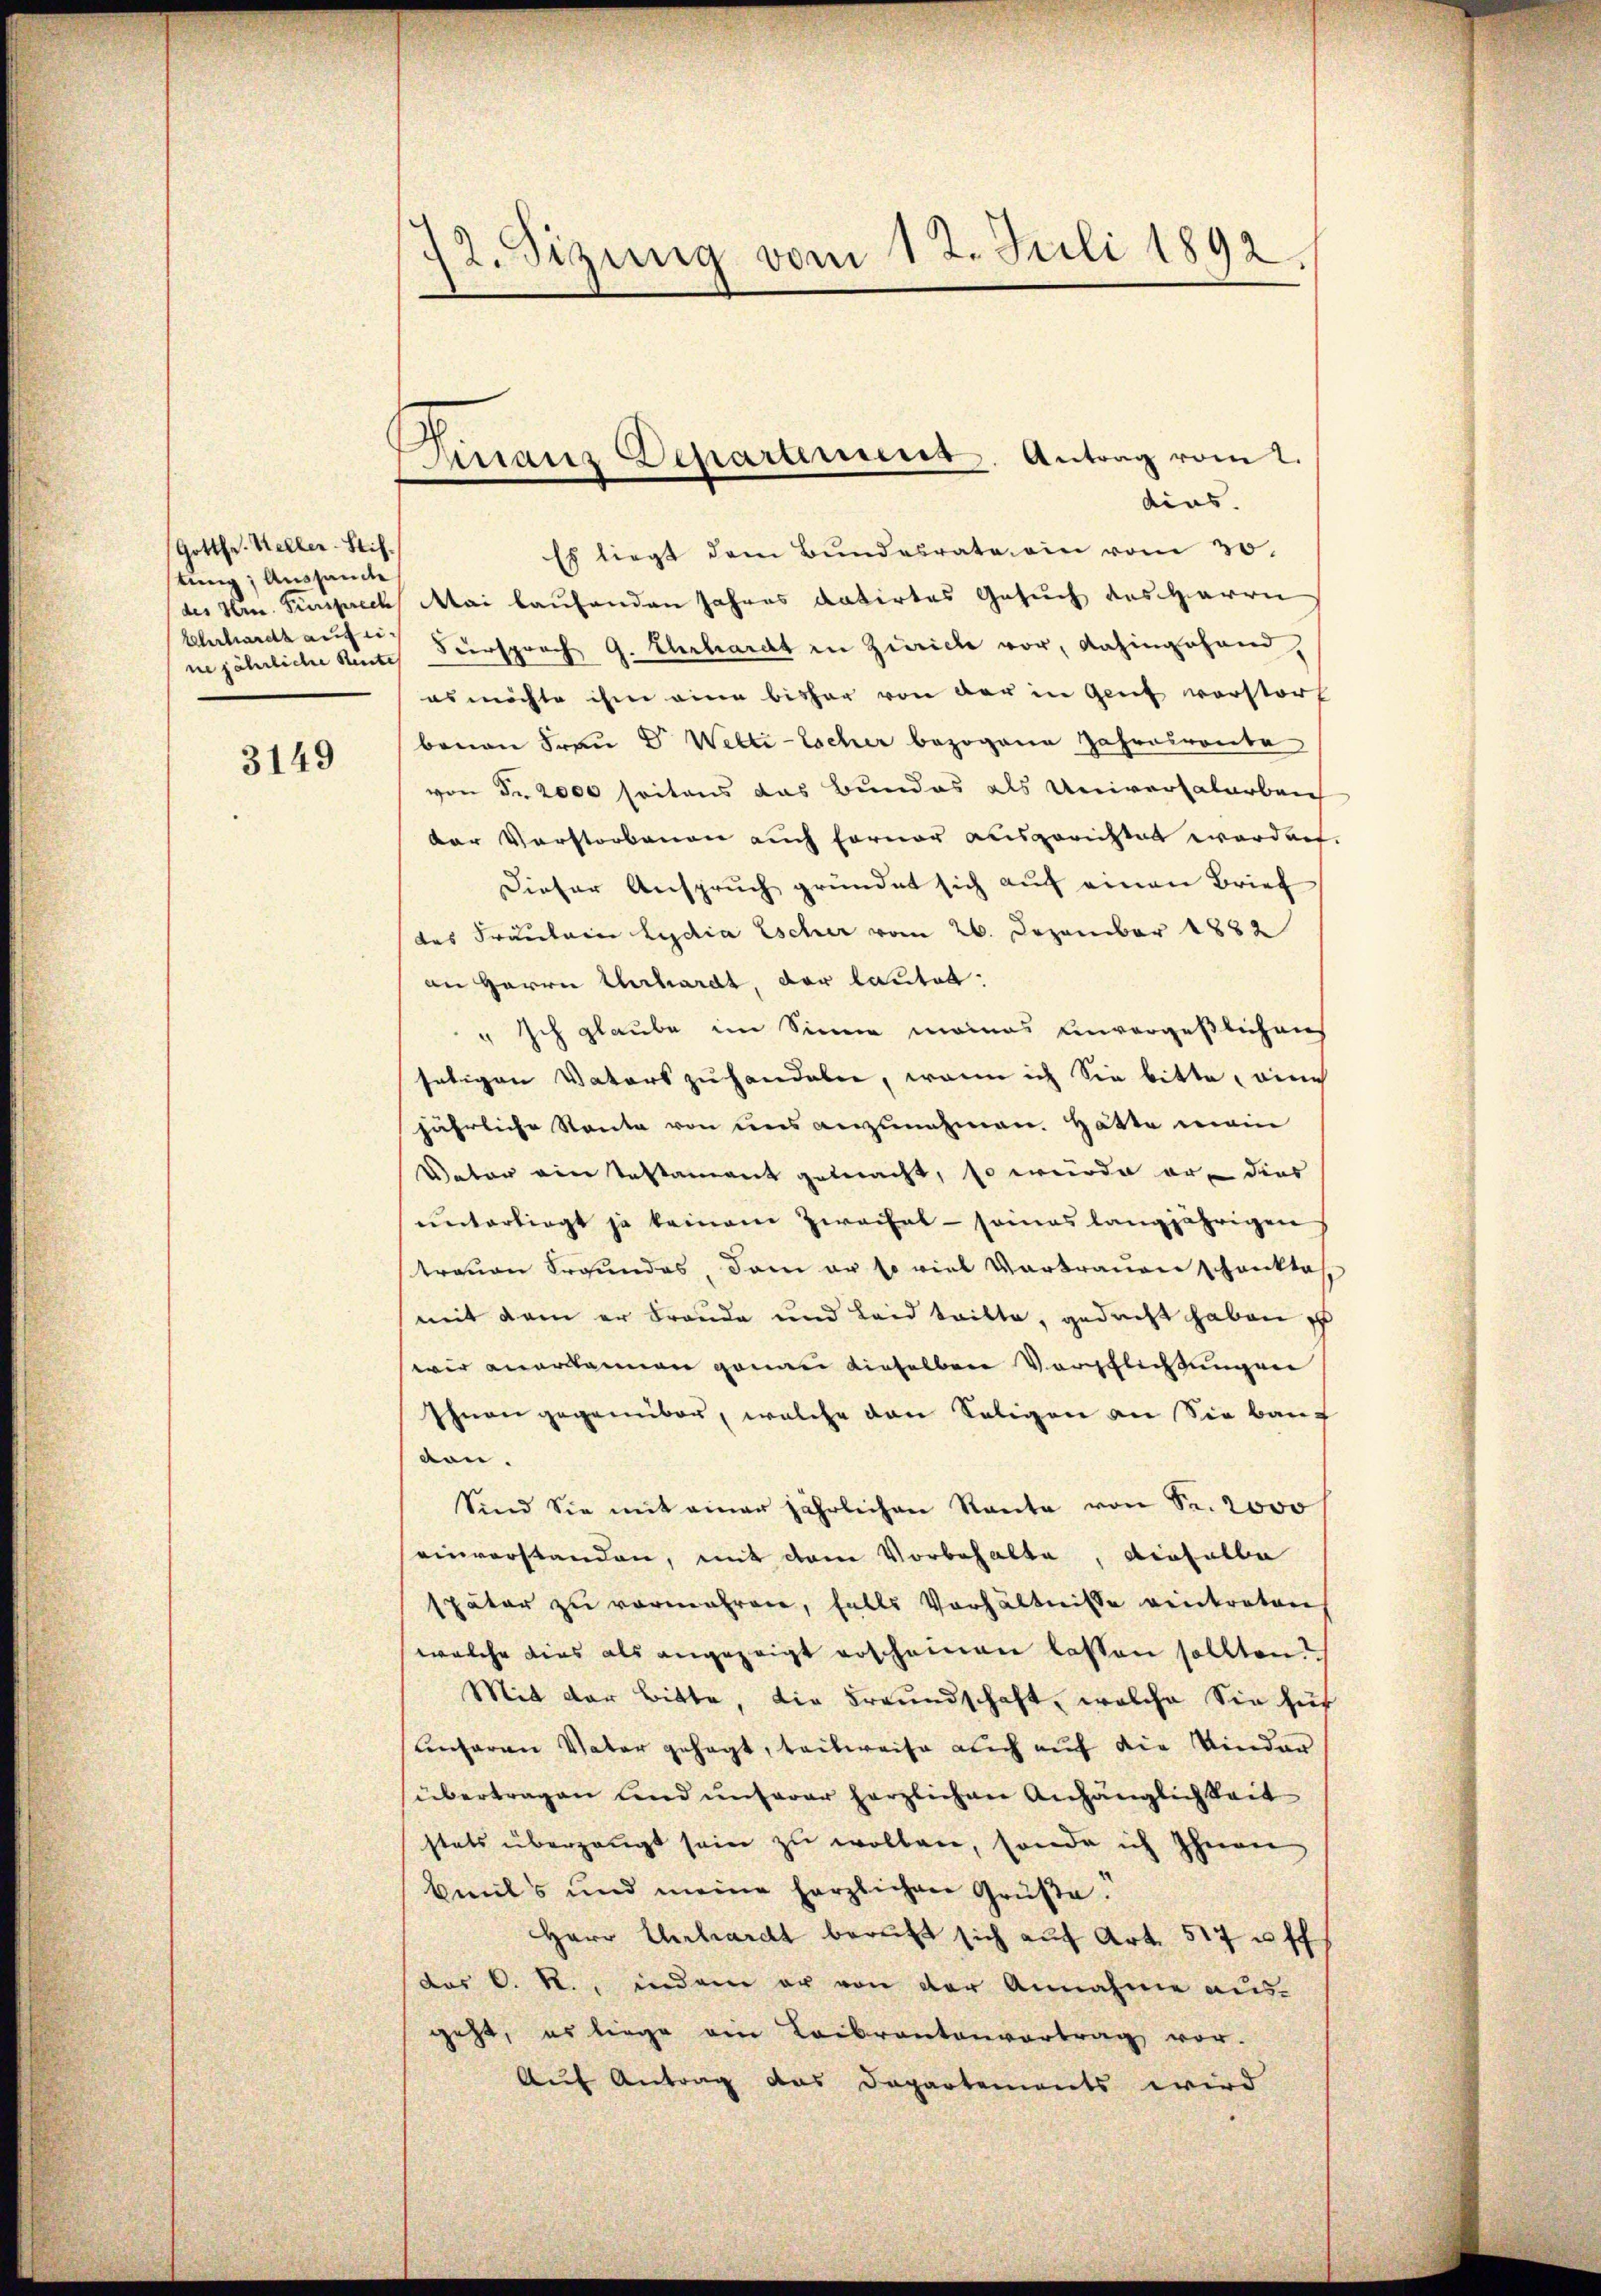
Gottfr. Keller-Stif-
tung; Aussance
ne jährliche Rente

3149

72. Sizung vom 12. Juli 1892.

Finanz Departiner Antrag vom 2.

dias.
Es liegt dem Bundesrate ein vom 30.
(des Hrn. Fürsprech Mai laufenden Jahres datirtes Gesuch des Herrn
Blchardt auf Fürsprach G. Ehrhardt in Zürich vor, dahingehand,
es möchte ihm eine bisher von der in Genf verstorf
benen Frau Dr. Welti-Escher bezogene Jahresroute
von der 2000 seitens das Bundes als Universalarbei
der Vorstorbenen auch ferner ausgerichtet worden.
Dieser Anspruch gründet sich auf einen Brief
des Fräulein Lydia Escher vom 26. Dezember 1882
an Herrn Urhardt, der lautet:
" Ich glaube im Sinne meines unvergeßlichen
seligen Vaters zu handeler, wenn ich Sie bitte, eine
jährliche Route von uns anzunehmen. Hätte main
Vater ein Testament gemacht, so wurde er, dies
unterliegt ja keinem Zweifel - sonas langjährigen
streuen Freundes, dem er so viel Vortrauen Schankte
mit dem er Freude und Leid teilte, gedacht haben
wir anerkannen genau dieselben Vorschließungen
Ihnen gegenüber, welche den Seligen an Sie bauf
von.
Sind Sie mit einer jährlichen Raute von Sr. 2000
seinverstanden, mit dem Vorbehalte, dieselbe
später zŭ vermehren, falls Verhältnisse eintreten
welche dies als angezeigt erscheinen lassen sollten.
Mit der Bitte, die Freundschaft, welche Sie für
unferen Vater gesagt, teilweise auch auf die Kinder
übertragen und unserer herzlichen Anhänglichkeit
stets überzeugt sein zu wollen, sonde ich Ihnen
beits und meine herzlichen Grüße!
Herr Ehrhardt beruft sich auf Art. 517 u. ff
des C. R., indem er von der Annahme aus-
geht, es liege ein Leibrantenvertrag vor.
Auf Antrag das Departements wird